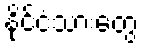
နိုင်ငံသားတွေ